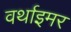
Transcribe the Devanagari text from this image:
वर्थाइमर